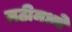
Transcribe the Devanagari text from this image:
मठीमध्ये